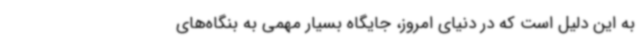
به این دلیل است که در دنیای امروز، جایگاه بسیار مهمی به بنگاه‌های